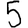
Digit: 5